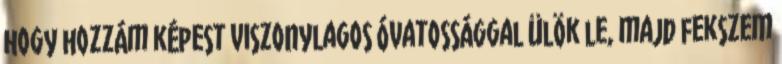
hogy hozzám képest viszonylagos óvatossággal ülök le, majd fekszem